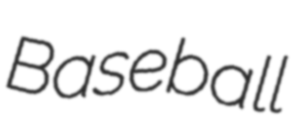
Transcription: Baseball